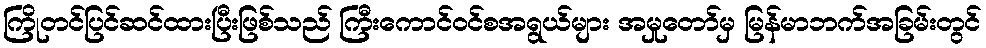
ကြိုတင်ပြင်ဆင်ထားပြီးဖြစ်သည် ကြီးကောင်ဝင်စအရွယ်များ အမှုတော်မှ မြန်မာဘက်အခြမ်းတွင်